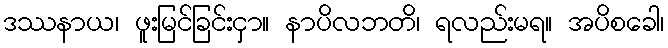
ဒဿနာယ၊ ဖူးမြင်ခြင်းငှာ။ နာပိလဘတိ၊ ရလည်းမရ။ အပိစခေါ၊